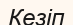
Кезіп